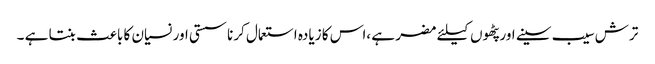
ترش سیب سینے اور پٹھوں کیلئے مضر ہے ،اس کا زیادہ استعمال کرنا سستی اور نسیان کا باعث بنتا ہے ۔